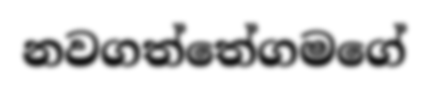
නවගත්තේගමගේ